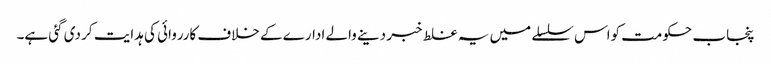
پنجاب حکومت کواس سلسلے میں یہ غلط خبر دینے والے ادارے کے خلاف کارروائی کی ہدایت کر دی گئی ہے۔